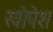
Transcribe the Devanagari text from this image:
खोपेश